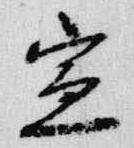
宣